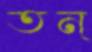
তন্